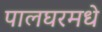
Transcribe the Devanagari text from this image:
पालघरमधे